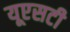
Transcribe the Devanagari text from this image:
यूएसटी